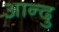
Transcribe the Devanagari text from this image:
आन्दु